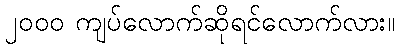
၂၀၀၀ ကျပ်လောက်ဆိုရင်လောက်လား။